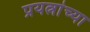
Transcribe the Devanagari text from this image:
प्रयत्नांच्या